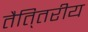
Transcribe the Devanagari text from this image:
तैति्तरीय